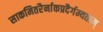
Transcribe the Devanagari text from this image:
साकमितरैर्नाकप्रदैर्गम्यताम्